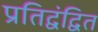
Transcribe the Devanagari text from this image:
प्रतिद्वंद्वित